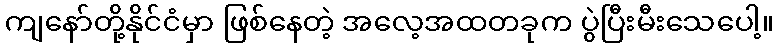
ကျနော်တို့နိုင်ငံမှာ ဖြစ်နေတဲ့ အလေ့အထတခုက ပွဲပြီးမီးသေပေါ့။